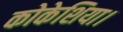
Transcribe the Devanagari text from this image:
कोकेशिया।